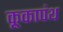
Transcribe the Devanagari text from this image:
कूकापंथ